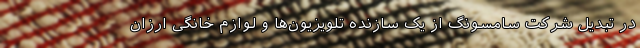
در تبدیل شرکت سامسونگ از یک سازنده تلویزیون‌ها و لوازم خانگی ارزان